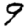
Digit: 9